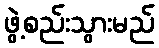
ဖွဲ့စည်းသွားမည်